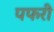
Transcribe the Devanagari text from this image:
पफरी